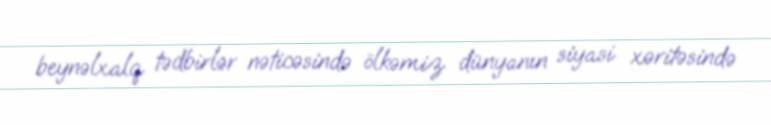
beynəlxalq tədbirlər nəticəsində ölkəmiz dünyanın siyasi xəritəsində